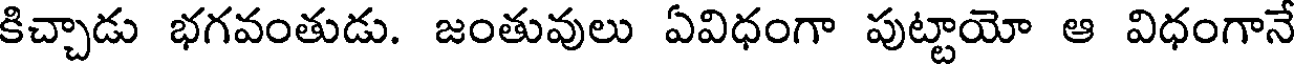
కిచ్చాడు భగవంతుడు. జంతువులు ఏవిధంగా పుట్టాయో ఆ విధంగానే